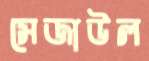
সেজাউল